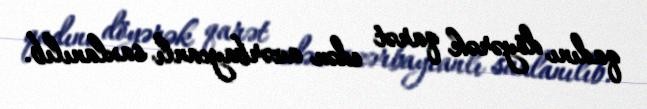
qadını döyərək qarət edən azərbaycanlı saxlanılıb.